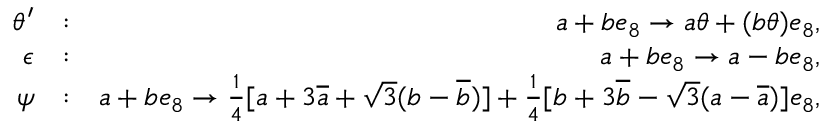
\begin{array} { r l r } { \theta ^ { \prime } } & { : } & { a + b e _ { 8 } \rightarrow a \theta + ( b \theta ) e _ { 8 } , } \\ { \epsilon } & { : } & { a + b e _ { 8 } \rightarrow a - b e _ { 8 } , } \\ { \psi } & { : } & { a + b e _ { 8 } \rightarrow \frac { 1 } { 4 } [ a + 3 \overline { { a } } + \sqrt { 3 } ( b - \overline { { b } } ) ] + \frac { 1 } { 4 } [ b + 3 \overline { { b } } - \sqrt { 3 } ( a - \overline { { a } } ) ] e _ { 8 } , } \end{array}